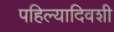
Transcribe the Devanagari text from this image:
पहिल्यादिवशी